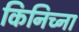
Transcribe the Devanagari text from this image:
किनिच्ना